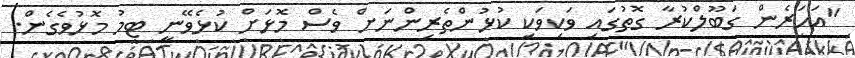
"އަހަރެން ގަބޫލްކުރާ ގޮތުގައި ވަކިވަކި ކުޅުންތެރިންނަށް ވެސް މޮޅަށް ކުޅެވޭނީ ޓީމު މޮޅުވެގެން.